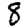
Digit: 8